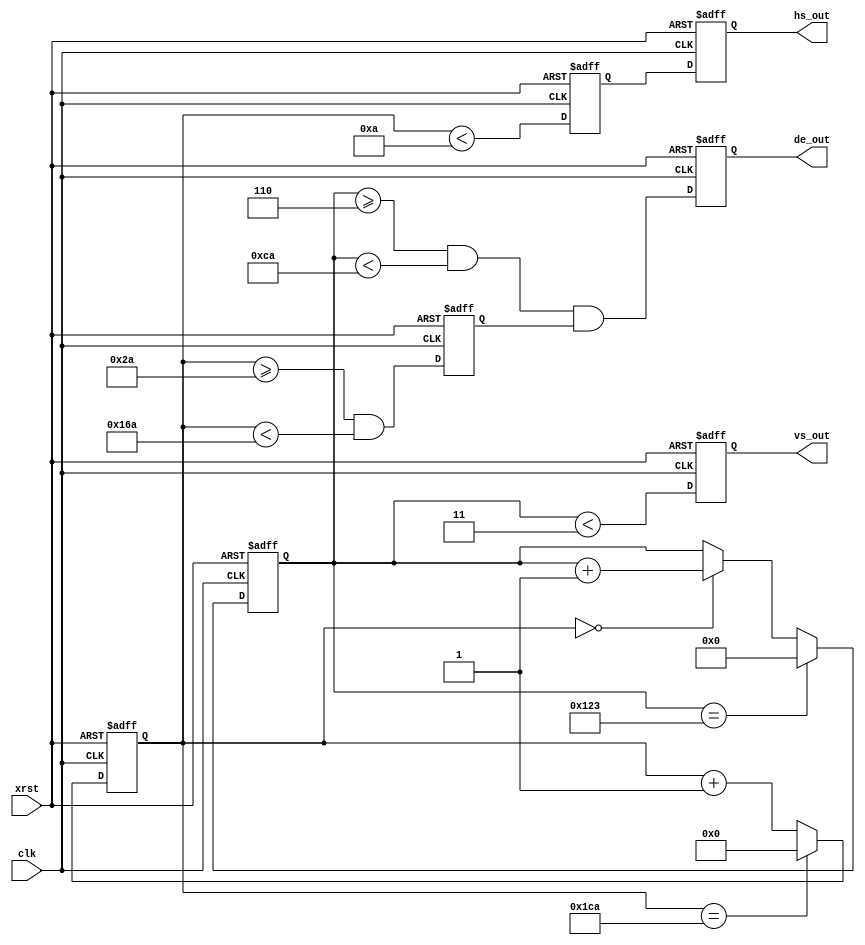
`timescale 1 ns / 1 ps
module syncgen(
	       clk,
	       xrst,
	       vs_out,
	       hs_out,
	       de_out
	       );

   // parameter
   parameter P_DL = 2;

   //parameter P_VTOTAL = 9'd262;
   parameter P_VTOTAL = 9'd291;
   parameter P_VWIDTH = 9'd3;
   parameter P_VBP = 9'd6;
   parameter P_VACT = 9'd196;

   //parameter P_HTOTAL = 10'd429;
   parameter P_HTOTAL = 10'd458;
   parameter P_HWIDTH = 10'd10;
   parameter P_HBP = 10'd42;
   parameter P_HACT = 10'd320;
   
   // input ports
   input clk;
   input xrst;
   
   // output ports
   output vs_out;
   output hs_out;
   output de_out;

   // Reg
   reg 	  vs_out;
   reg 	  hs_out;
   reg 	  de_out;

   reg [9:0] hcnt;
   reg [8:0] vcnt;

   reg pre_hs_d1;
   reg hde_d1;   
   
   // wire
   wire      hcnt_0;
   wire      pre_hs;
   wire      pre_hde;
   
	wire hde;
	wire pre_vs;
	wire vde;
	wire pre_de;
	
   
   //--------------------------------------
   // main
   //--------------------------------------

   // H counter
   always@(posedge clk or negedge xrst) begin
      if(~xrst)
	hcnt <= 10'd1023;
      else if(hcnt == P_HTOTAL)
	hcnt <= #P_DL 10'd0;
      else
	hcnt <= hcnt + 10'd1;
   end

   // hsync, hde
   assign hcnt_0 = (hcnt == 10'd0);
   assign pre_hs = (hcnt < P_HWIDTH);
   assign hde = (hcnt >= P_HBP && hcnt < P_HBP + P_HACT);
   
   // 1cycle Delay
   always@(posedge clk or negedge xrst) begin
      if(~xrst) begin
			pre_hs_d1 <= 1'b0;
			hde_d1 <= 1'b0;
      end
      else begin
			pre_hs_d1 <= #P_DL pre_hs;
			hde_d1 <= #P_DL hde;
      end
   end
      
   // V counter
   always@(posedge clk or negedge xrst) begin
      if(~xrst)
	vcnt <= 9'd511;
      else if(vcnt == P_VTOTAL)
	vcnt <= #P_DL 9'd0;
      else if(hcnt_0)
	vcnt <= vcnt + 10'd1;
   end

   // vsync, vde
   assign pre_vs = (vcnt < P_VWIDTH);
   assign vde = (vcnt >= P_VBP && vcnt < P_VBP + P_VACT);
   
   // de
   assign pre_de = vde & hde_d1;
   
   // Output FF
   always@(posedge clk or negedge xrst) begin
      if(~xrst) begin
	 vs_out <= 1'b0;
	 hs_out <= 1'b0;
	 de_out <= 1'b0;
      end
      else begin
	 vs_out <= #P_DL pre_vs;
	 hs_out <= #P_DL pre_hs_d1;
	 de_out <= #P_DL pre_de;
      end
   end

endmodule // syncgen